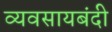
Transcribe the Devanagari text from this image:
व्यवसायबंदी